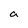
Character: a